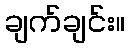
ချက်ချင်း။